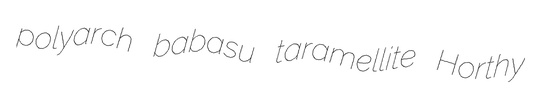
polyarch babasu taramellite Horthy